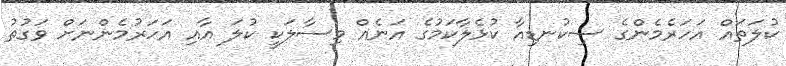
ކުލަތައް އަހަރެމެންގެ ސިކުނޑިއާ ކުޅެލާކަމުގެ އަނެއް މިސާލަކީ ކުލަ އާއި އަހަރުމެންނަށް ވަގުތު